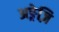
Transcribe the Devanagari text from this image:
अङ्रेज़ि